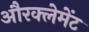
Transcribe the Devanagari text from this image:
औरक्लेमेंट